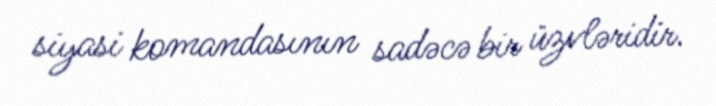
siyasi komandasının sadəcə bir üzvləridir.